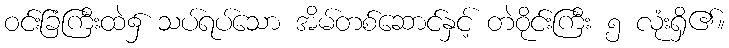
ဝင်းခြံကြီးထဲ၌ သပ်ရပ်သော အိမ်တစ်ဆောင်နှင့် တဲဝိုင်းကြီး ၅ လုံးရှိ၏။